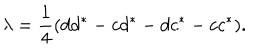
LaTeX: \lambda = { \frac { 1 } { 4 } } ( d d ^ { * } - c d ^ { * } - d c ^ { * } - c c ^ { * } ) .